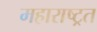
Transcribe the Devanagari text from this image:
महाराष्ट्रत